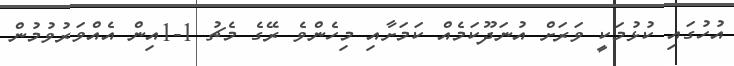
އުހުގައި ކުޅުމަކީ ވަރަށް އުނަދޫކަމެއް ކަމަށާއި މިހެންވެ ރޭގެ މެޗު 1-1އިން އެއްވަރުވުމުން